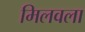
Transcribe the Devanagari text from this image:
मिलवला